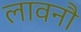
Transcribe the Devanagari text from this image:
लावनौ